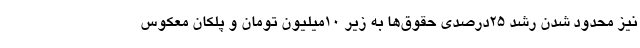
نیز محدود شدن رشد 25درصدی حقوق‌ها به زیر 10میلیون تومان و پلکان معکوس